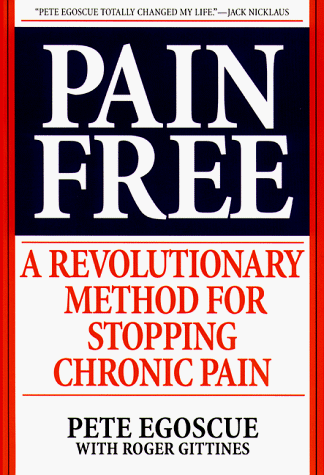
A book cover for Pain Free: A Revolutionary Method For Stopping Chronic Pain; Pete Egoscue; Medical Books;